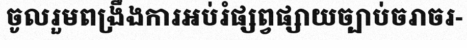
ចូលរួមពង្រឹងការអប់រំផ្សព្វផ្សាយច្បាប់ចរាចរ-